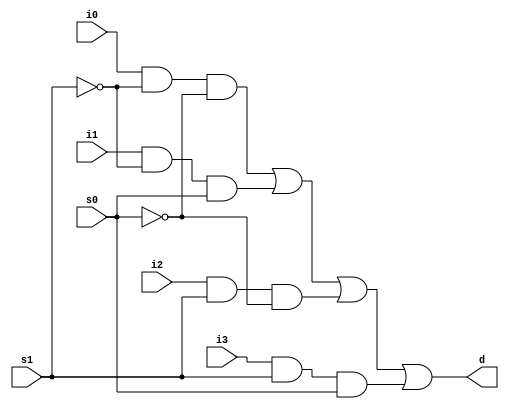
module mux_4x1(d,i0,i1,i2,i3,s1,s0);
output d;
input i0,i1,i2,i3,s1,s0;
wire s1_not,s0_not,and1,and2,and3,and4;

not n1(s1_not,s1);
not n2(s0_not,s0);

and a1(and1,i0,s1_not,s0_not);
and a2(and2,i1,s1_not,s0);
and a3(and3,i2,s1,s0_not);
and a4(and4,i3,s1,s0);
or o1(d,and1,and2,and3,and4);

endmodule